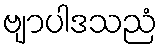
ဗျာပါဒသညံ